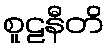
စူဠနီတိ